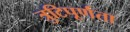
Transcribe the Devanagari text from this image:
त्रुटिपूर्णता